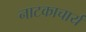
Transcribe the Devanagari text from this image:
नाटकाचार्य